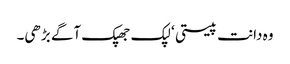
وہ دانت پیستی ‘ لپک جھپک آگے بڑھی۔